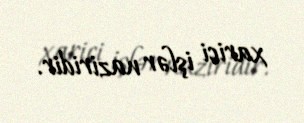
xarici işlər naziridir.